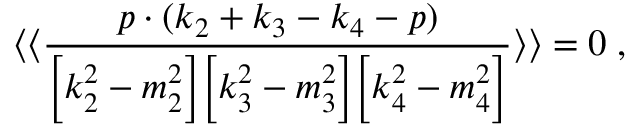
\langle \langle \frac { p \cdot ( k _ { 2 } + k _ { 3 } - k _ { 4 } - p ) } { \Bigl [ k _ { 2 } ^ { 2 } - m _ { 2 } ^ { 2 } \Bigr ] \Bigl [ k _ { 3 } ^ { 2 } - m _ { 3 } ^ { 2 } \Bigr ] \Bigl [ k _ { 4 } ^ { 2 } - m _ { 4 } ^ { 2 } \Bigr ] } \rangle \rangle = 0 \; ,